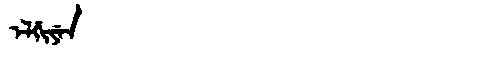
Manchu: ᡝᠯᡤᡳᠶᡝᠨ
Romanization: ELGIYEN